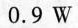
0.9W